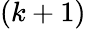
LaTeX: \left(k+1\right)